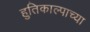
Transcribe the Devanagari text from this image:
हुतिकाल्पाच्या